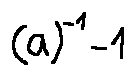
( a ) ^ { - 1 } - 1